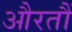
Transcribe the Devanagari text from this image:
औरतौं